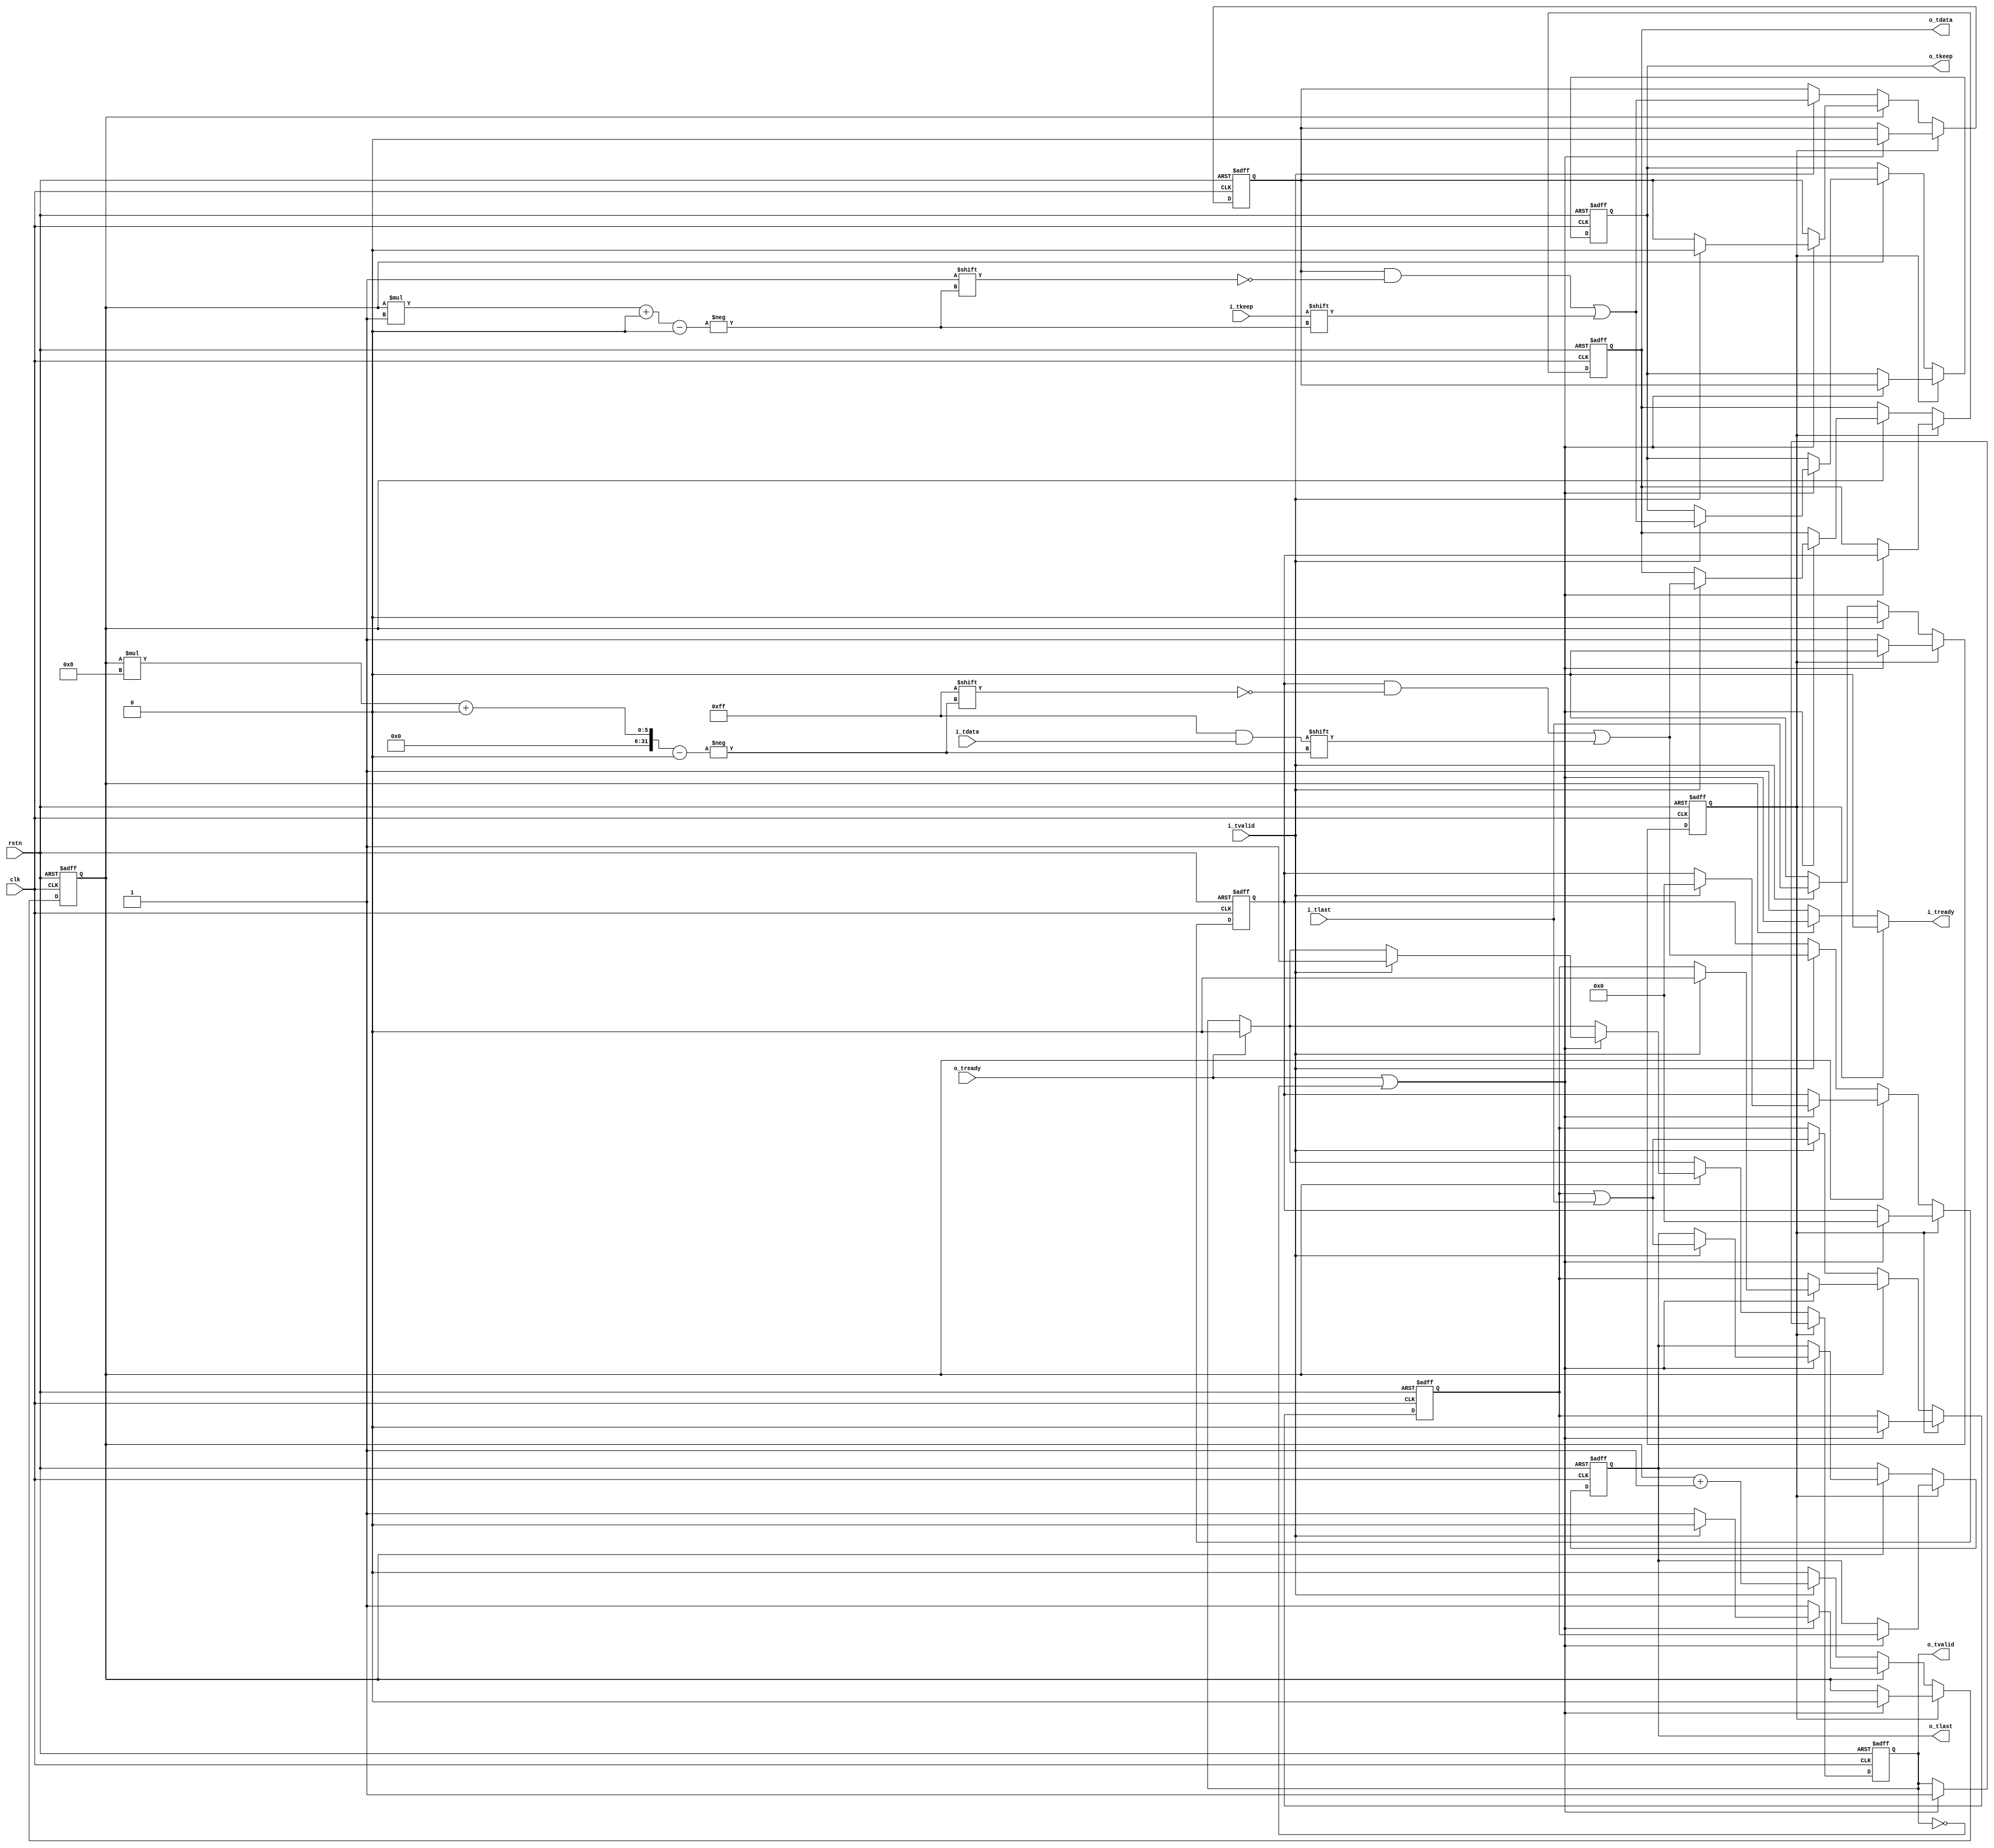

//--------------------------------------------------------------------------------------------------------
// Module  : axi_stream_upsizing
// Type    : synthesizable, IP's sub-module
// Standard: Verilog 2001 (IEEE1364-2001)
// Function: AXI-stream upsizing or downsizing,
//           see AMBA 4 AXI4-stream Protocol Version: 1.0 Specification -> 2.3.3 -> upsizing considerations
//--------------------------------------------------------------------------------------------------------

module axi_stream_upsizing #(
    parameter IEW = 0,                       // input width,  0=1Byte, 1=2Byte, 2=4Byte, 3=8Bytes, 4=16Bytes, ...
    parameter OEW = 0                        // output width, 0=1Byte, 1=2Byte, 2=4Byte, 3=8Bytes, 4=16Bytes, ...
                                             // OEW must > IEW
) (
    input  wire                rstn,
    input  wire                clk,
    // AXI-stream slave
    output wire                i_tready,
    input  wire                i_tvalid,
    input  wire [(8<<IEW)-1:0] i_tdata,
    input  wire [(1<<IEW)-1:0] i_tkeep,
    input  wire                i_tlast,
    // AXI-stream master
    input  wire                o_tready,
    output reg                 o_tvalid,
    output reg  [(8<<OEW)-1:0] o_tdata,
    output reg  [(1<<OEW)-1:0] o_tkeep,
    output reg                 o_tlast
);



localparam DIFF_EW = (OEW>IEW) ? (OEW-IEW) : 1;

localparam [DIFF_EW-1:0] IDX_ONE   = 1;
localparam [DIFF_EW-1:0] IDX_FIRST = {DIFF_EW{1'b0}};
localparam [DIFF_EW-1:0] IDX_LAST  = ~IDX_FIRST;

reg        [DIFF_EW-1:0] idx       = IDX_FIRST;

reg                      tmp_full  = 1'b0;
reg       [(8<<OEW)-1:0] tmp_data  = {(8<<OEW){1'b0}};
reg       [(1<<OEW)-1:0] tmp_keep  = {(1<<OEW){1'b0}};
reg                      tmp_last  = 1'b0;


initial                   o_tvalid = 1'b0;
initial                   o_tdata  = {(8<<OEW){1'b0}};
initial                   o_tkeep  = {(1<<OEW){1'b0}};
initial                   o_tlast  = 1'b0;


always @ (posedge clk or negedge rstn)
    if (~rstn) begin
        idx      <= IDX_FIRST;
        
        tmp_full <= 1'b0;
        tmp_data <= {(8<<OEW){1'b0}};
        tmp_keep <= {(1<<OEW){1'b0}};
        tmp_last <= 1'b0;
        
        o_tvalid <= 1'b0;
        o_tdata  <= {(8<<OEW){1'b0}};
        o_tkeep  <= {(1<<OEW){1'b0}};
        o_tlast  <= 1'b0;
        
    end else begin
            
        if (tmp_full) begin                                           // enough for commit a output
            if (o_tready | ~o_tvalid) begin
                idx      <= IDX_FIRST;
                
                tmp_full <= 1'b0;
                tmp_data <= {(8<<OEW){1'b0}};
                tmp_keep <= {(1<<OEW){1'b0}};
                tmp_last <= 1'b0;
                
                o_tvalid <= 1'b1;
                o_tdata  <= tmp_data;
                o_tkeep  <= tmp_keep;
                o_tlast  <= tmp_last;
            end
        
        end else if (idx == IDX_LAST) begin                           // enough for commit a output
            if (o_tready)                                             // output handshake success, deassert o_tvalid
                o_tvalid <= 1'b0;
                
            if (o_tready | ~o_tvalid) begin
                if (i_tvalid) begin
                    idx      <= IDX_FIRST;
                    
                    tmp_full <= 1'b0;
                    tmp_data <= {(8<<OEW){1'b0}};
                    tmp_keep <= {(1<<OEW){1'b0}};
                    tmp_last <= 1'b0;
                    
                    o_tvalid <= 1'b1;
                    o_tdata  <= tmp_data;
                    o_tdata[idx*(8<<IEW) +: (8<<IEW)] <= i_tdata;
                    o_tkeep  <= tmp_keep;
                    o_tkeep[idx*(1<<IEW) +: (1<<IEW)] <= i_tkeep;
                    o_tlast  <= tmp_last | i_tlast;
                end
            end
            
        end else begin
            if (o_tready)                                             // output handshake success, deassert o_tvalid
                o_tvalid <= 1'b0;
            
            if (i_tvalid) begin
                idx      <= idx + IDX_ONE;
                
                tmp_full                           <= i_tlast;
                tmp_data[idx*(8<<IEW) +: (8<<IEW)] <= i_tdata;
                tmp_keep[idx*(1<<IEW) +: (1<<IEW)] <= i_tkeep;
                tmp_last                           <= tmp_last | i_tlast;
            end
        end
    end


assign i_tready = tmp_full         ? 1'b0                   :
                 (idx == IDX_LAST) ? (o_tready | ~o_tvalid) :
                                     1'b1                   ;


endmodule